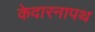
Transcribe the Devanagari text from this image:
केदारनापथ